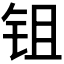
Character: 𬬺